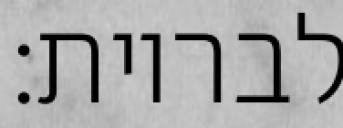
לבריות: